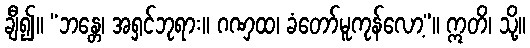
ချီ၍။ “ဘန္တေ၊ အရှင်ဘုရား။ ဂဏှထ၊ ခံတော်မူကုန်လော့”။ ဣတိ၊ သို့။